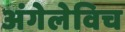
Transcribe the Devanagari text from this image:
अंगेलेविच